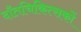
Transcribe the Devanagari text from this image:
दाँतचिकित्सकों